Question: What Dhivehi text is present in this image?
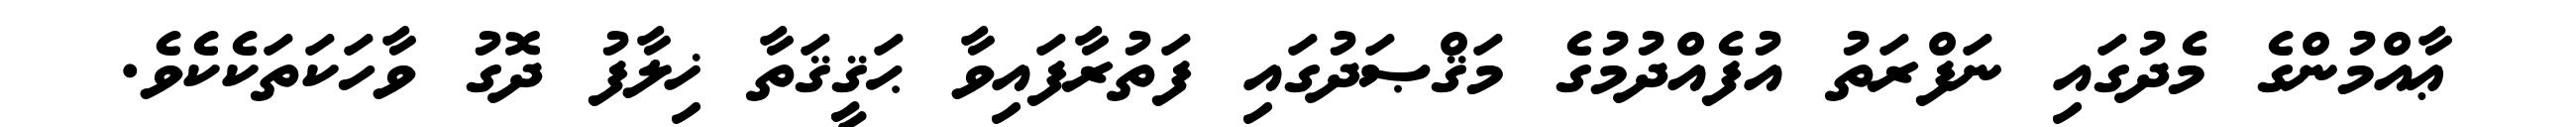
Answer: ޢާއްމުންގެ މެދުގައި ނަފްރަތު އުފެއްދުމުގެ މަޤްޞަދުގައި ފަތުރާފައިވާ ޙަޤީޤަތާ ޚިލާފު ދޮގު ވާހަކަތަކެކެވެ.